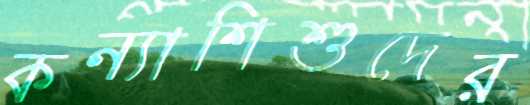
কন্যাশিশুদের